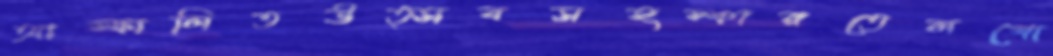
আস্ফালিতউত্সবসহস্কারতেলগো